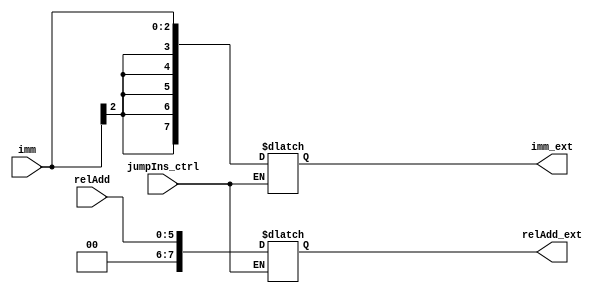
`timescale 1ns / 1ps
//////////////////////////////////////////////////////////////////////////////////
// Company: 
// Engineer: 
// 
// Design Name: 
// Module Name: ImmGen
// Project Name: 
// Target Devices: 
// Tool Versions: 
// Description: 
// 
// Dependencies: 
// 
// Revision:
// Revision 0.01 - File Created
// Additional Comments:
// 
//////////////////////////////////////////////////////////////////////////////////


module ImmGen(
    input [2:0] imm,
    input [5:0] relAdd,
    input jumpIns_ctrl,
    output reg [7:0] imm_ext,
    output reg [7:0] relAdd_ext
    );
    
    always@(jumpIns_ctrl)
    begin 
    if(jumpIns_ctrl==1)
        relAdd_ext = { {2{1'b0}}, relAdd};
    else
        imm_ext= { {5{imm[2]}}, imm};

    end
    
    endmodule